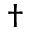
\dagger